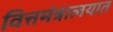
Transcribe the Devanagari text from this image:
वित्तमंत्रालयात